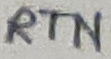
Text: RTN